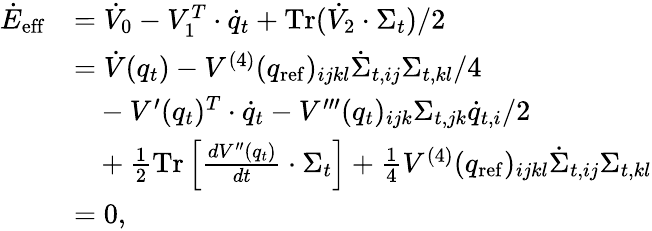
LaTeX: \begin{array}{rl}{\dot{E}_{\mathrm{eff}}}&{=\dot{V}_{0}-V_{1}^{T}\cdot\dot{q}_{t}+\operatorname{Tr}(\dot{V}_{2}\cdot\Sigma_{t})/2}\\ &{=\dot{V}(q_{t})-V^{(4)}(q_{\mathrm{ref}})_{ijkl}\dot{\Sigma}_{t,ij}\Sigma_{t,kl}/4}\\ &{~~~-V^{\prime}(q_{t})^{T}\cdot\dot{q}_{t}-V^{\prime\prime\prime}(q_{t})_{ijk}\Sigma_{t,jk}\dot{q}_{t,i}/2}\\ &{~~~+\frac{1}{2}\operatorname{Tr}\left[\frac{dV^{\prime\prime}(q_{t})}{dt}\cdot\Sigma_{t}\right]+\frac{1}{4}V^{(4)}(q_{\mathrm{ref}})_{ijkl}\dot{\Sigma}_{t,ij}\Sigma_{t,kl}}\\ &{=0,}\end{array}